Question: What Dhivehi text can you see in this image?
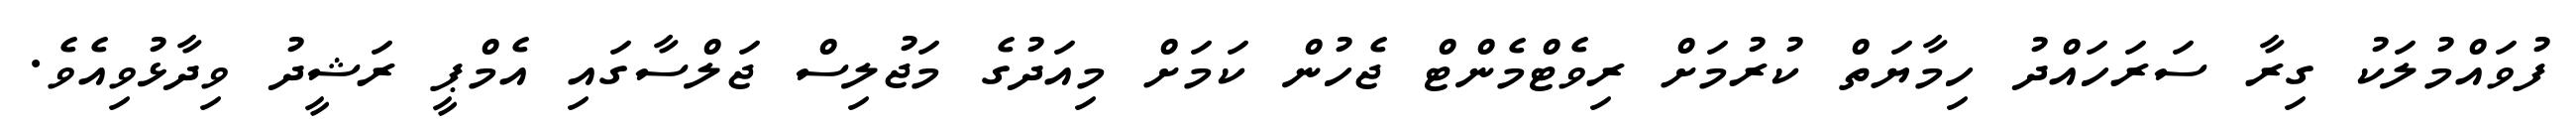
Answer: ފުވައްމުލަކު ގިރާ ސަރަހައްދު ހިމާޔަތް ކުރުމަށް ރިވެޓްމެންޓް ޖެހުން ކަމަށް މިއަދުގެ މަޖުލިސް ޖަލްސާގައި އެމްޕީ ރަޝީދު ވިދާޅުވިއެވެ.